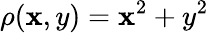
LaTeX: \rho(\mathbf{x},y)=\mathbf{x}^{2}+y^{2}